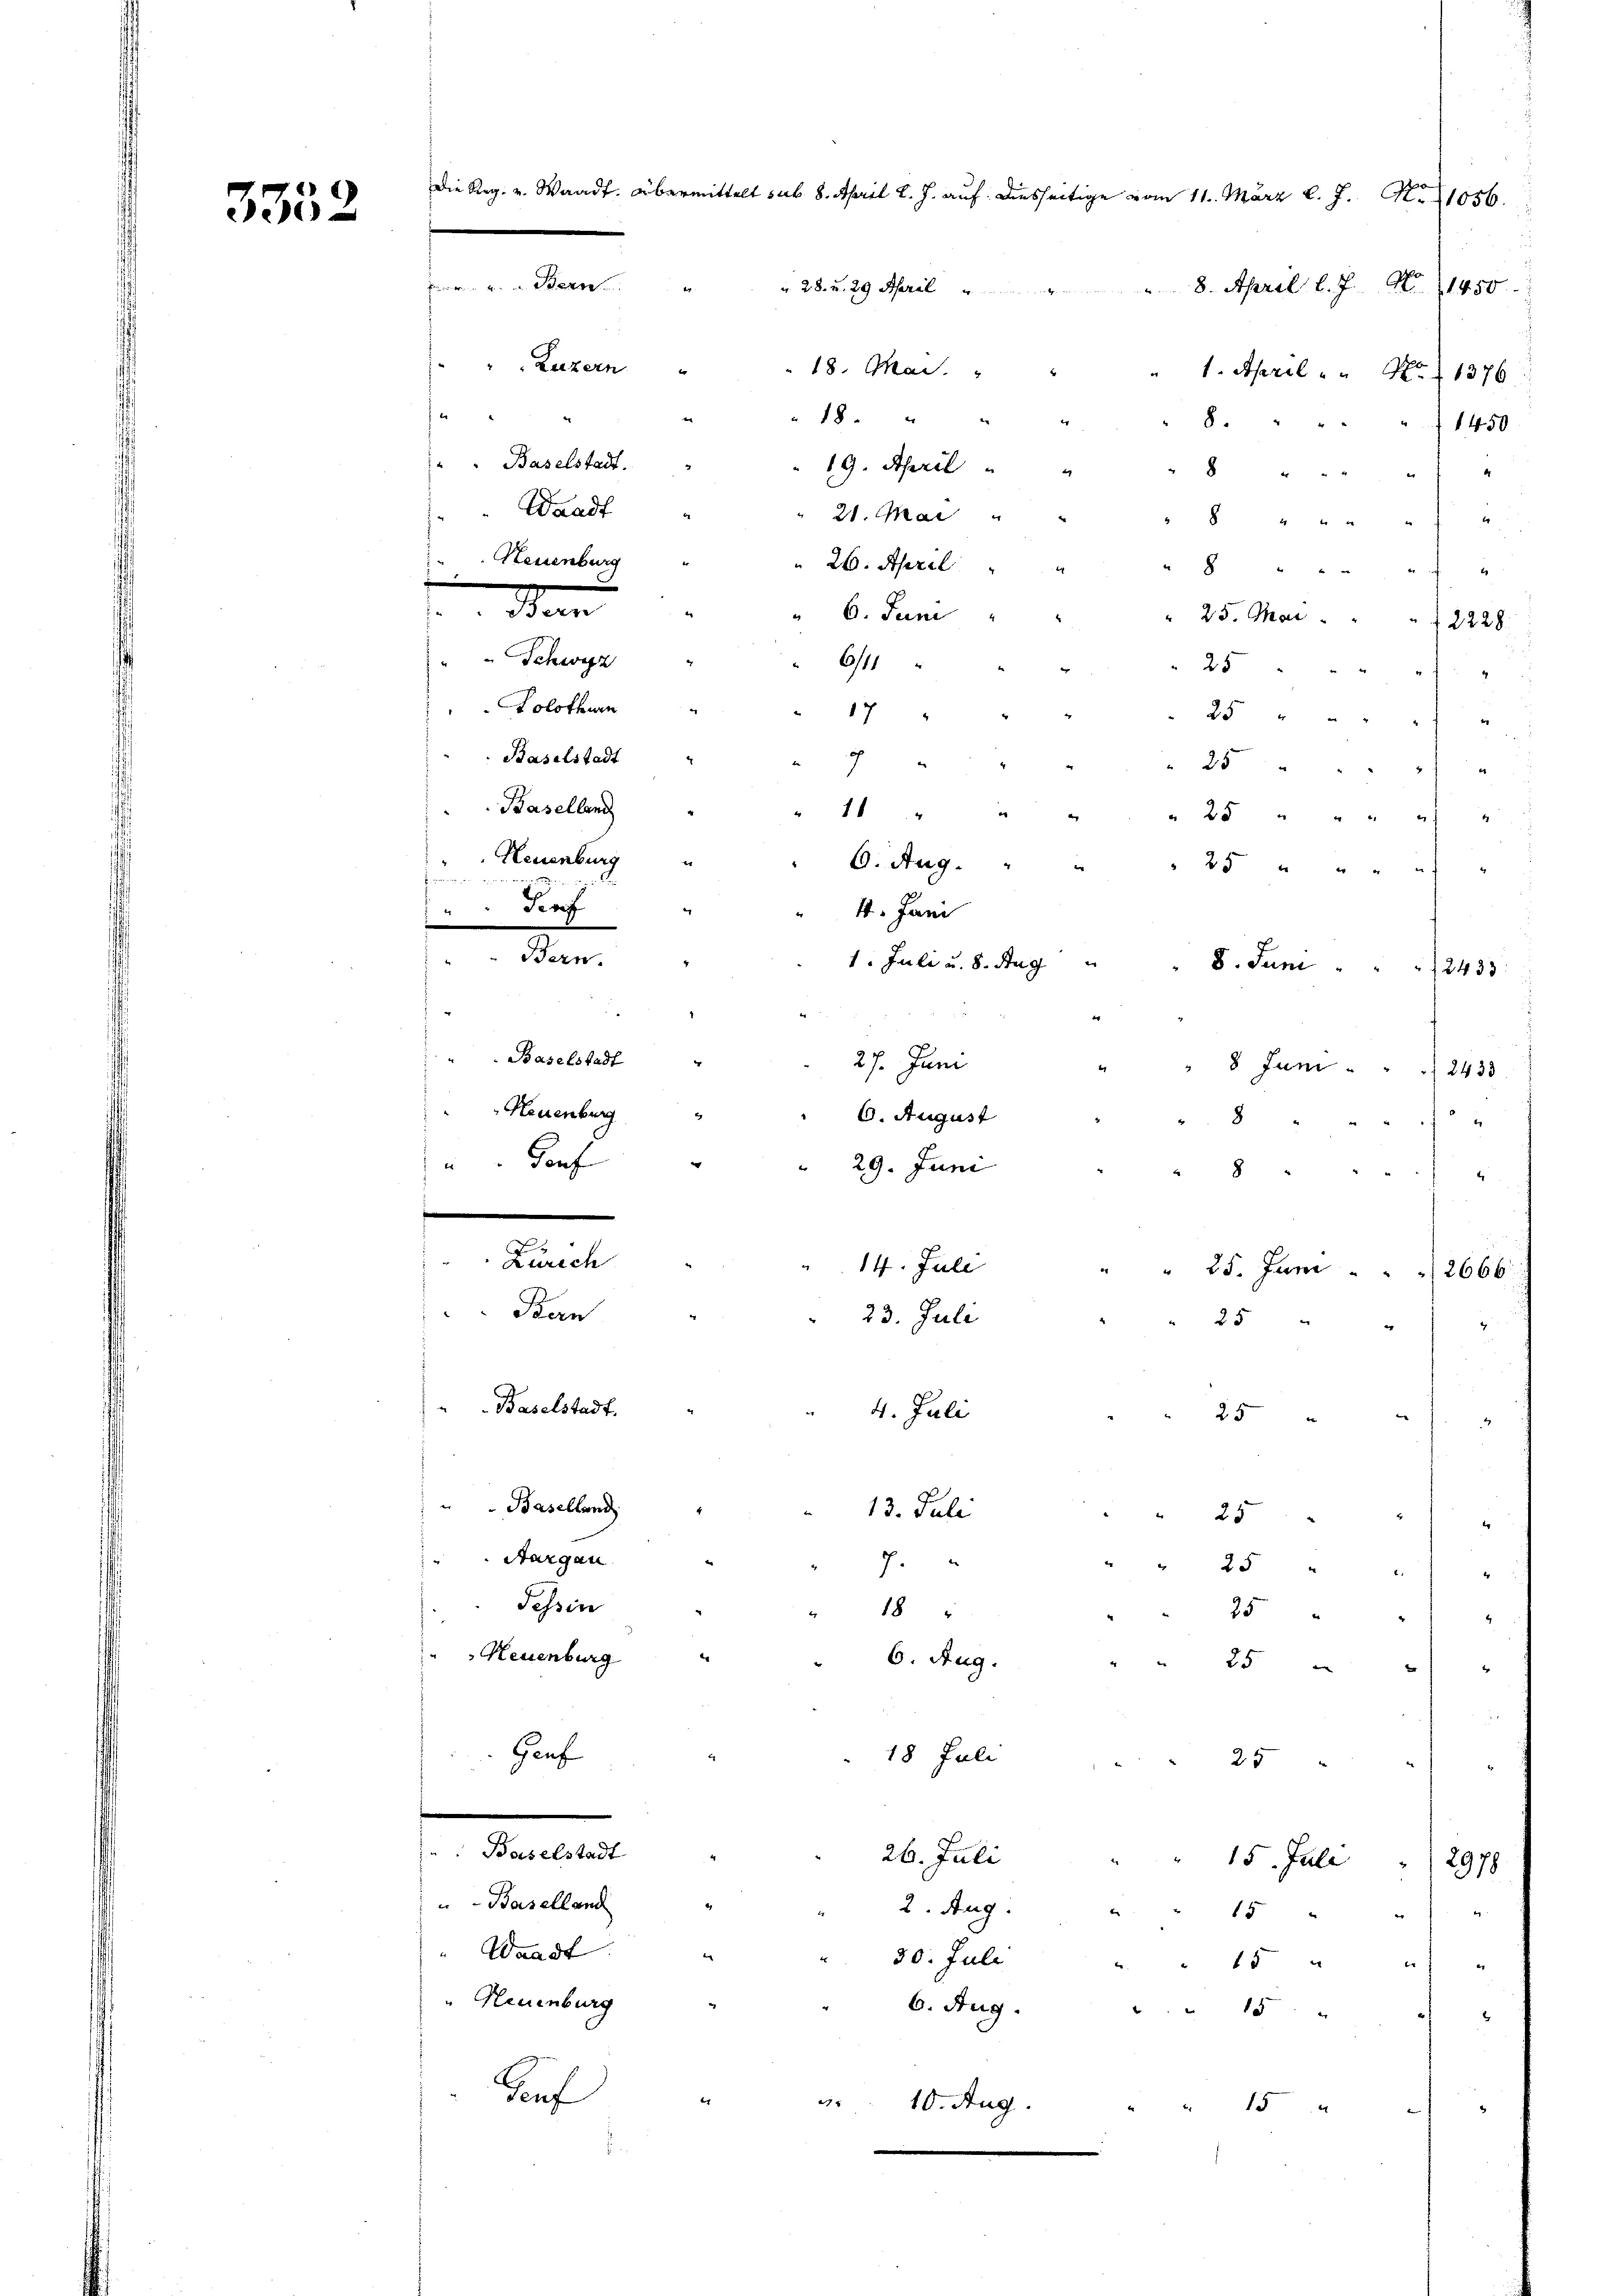
3352

die Reg. v. Waadt übermittelt sub. 8. April l. J. auf diesseitige vom 11. März l. J. N. 1056.
E. u. Bern
 8. April l. J. N. 1450.
v. 28. v. 29 Paral
Luzern
18. Mai.
1. April " " No 1376.

18.
8. " " "
1450
Baselstadt.
19. April
8 " " " 2
Waadt
21. Mai
8 " " " " 2
Neuenburg
26. April
 20 x

dan
" 6. Juni
" 25. Mai   "   "    2228
Schwyz
6/11
25
4
Solothurn
17
25 " " "
Baselstadt
28 " " 2
Baselland
11
 25 " " "
Neuenburg
6. Aug.
 25 " " " "
4. Jani
Bern.
1. Juli u. 8. Aug
8. Juni
12433:
Baselstadt
" 8 Juni . .
2433
Neuenburg "
6. August
8
t
dorf
29. Juni
8 " "

Zürich
14. Juli
" 25. Juni  ..  2666
Bern
23. Juli
25
e
Baselstadt.
4. Juli
25
.
Baselland
13. Juli
x
25
.
Aargau
7.
25 " "
Tessin
18
25 " "
" Neuenburg
6. Aug.
252)
Genf
18 Juli
25
s
26. Juli " " 15. Juli  "  2978
Baselland
2. Aug.
u " 15 x
" Waadt
30. Juli
10
Neuenburg
6. Aug. " " 15 "
Hauf
er
3. 10. Aug.
" " 154

s

Tief

27. Juni

t